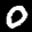
Label: 0